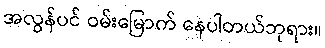
အလွန်ပင် ဝမ်းမြောက် နေပါတယ်ဘုရား။